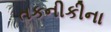
તકનીકીના